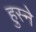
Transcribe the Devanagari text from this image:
हुस्ने